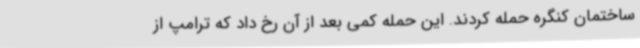
ساختمان کنگره حمله کردند. این حمله کمی بعد از آن رخ داد که ترامپ از